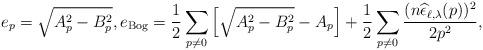
LaTeX: \begin{align*} e_p = \sqrt{A_p^2-B_p^2}, e_{\rm Bog} = \frac{1}{2} \sum_{p \neq 0} \left[ \sqrt{A_p^2-B_p^2}-A_p\right] + \frac{1}{2}\sum_{p \neq 0} \frac{(n\widehat{\epsilon}_{\ell,\lambda}(p))^2}{2p^2},\end{align*}